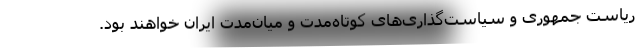
ریاست جمهوری و سیاست‌گذاری‌های کوتاه‌مدت و میان‌مدت ایران خواهند بود.